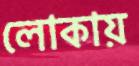
লোকায়